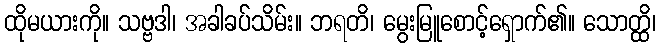
ထိုမယားကို။ သဗ္ဗဒါ၊ အခါခပ်သိမ်း။ ဘရတိ၊ မွေးမြူစောင့်ရှောက်၏။ သောတ္ထိ၊